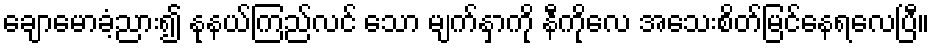
ချောမောခံ့ညား၍ နုနယ်ကြည်လင် သော မျက်နှာကို နီကိုလေ အသေးစိတ်မြင်နေရလေပြီ။